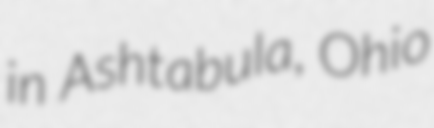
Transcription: in Ashtabula, Ohio